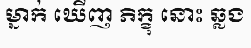
ម្នាក់ ឃើញ ភិក្ខុ នោះ ឆ្លង